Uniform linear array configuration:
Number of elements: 8
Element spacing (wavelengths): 0.75
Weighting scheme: hamming
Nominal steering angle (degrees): -15
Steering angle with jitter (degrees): -14.47
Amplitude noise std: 0.05
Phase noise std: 0.05

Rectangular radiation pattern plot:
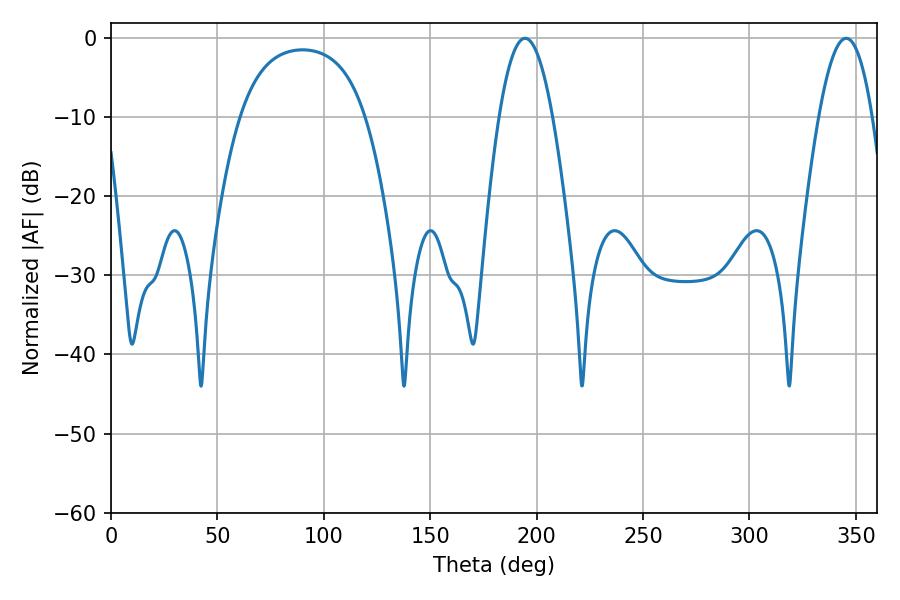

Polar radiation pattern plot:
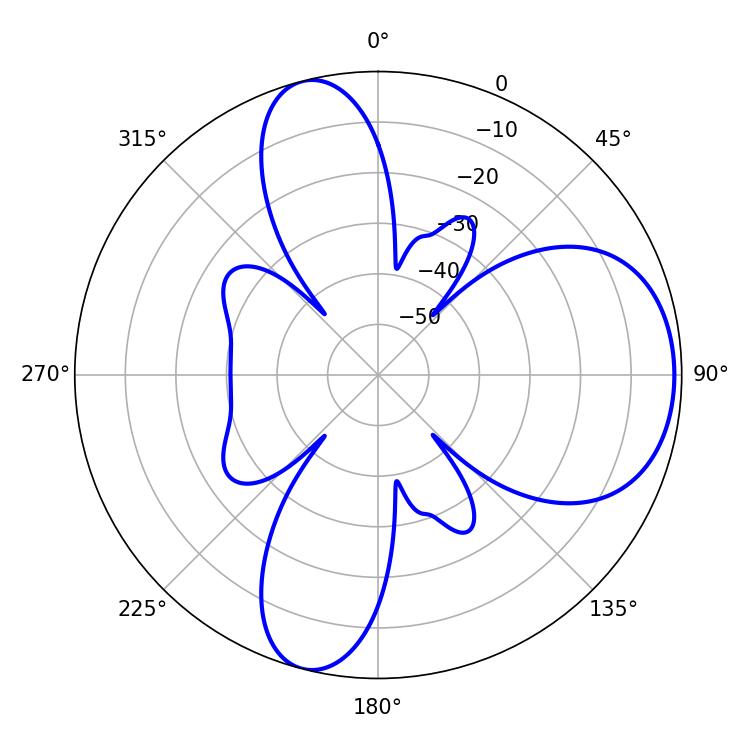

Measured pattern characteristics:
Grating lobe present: TRUE
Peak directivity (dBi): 7.543
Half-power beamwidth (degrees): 13.86
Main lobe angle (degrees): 194.58